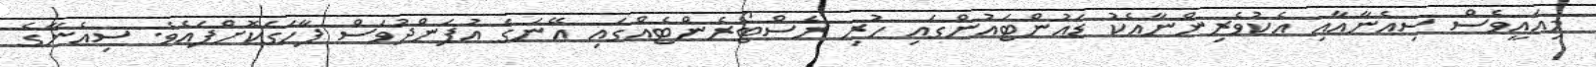
މިއައީވެސް ސިއެނާއާއި އެކުވެރިންނާއެކު ޑައުންޓައުންގައި ހުރި ރެސްޓޯރެންޓެއްގައި އޭނަގެ އުފަންދުވަސް ފާހަގަކޮށްފައެވެ. ސިއެނާގެ